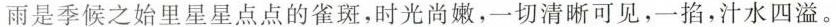
雨是季候之始里星星点点的雀斑，时光尚嫩，一切清晰可见，一掐，汁水四溢。